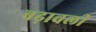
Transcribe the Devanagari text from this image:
बढ़ावली